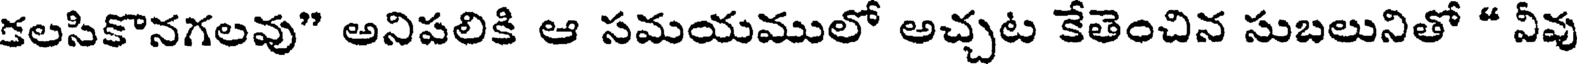
కలసికొనగలవు" అనిపలికి ఆ సమయములో అచ్చట కేతెంచిన సుబలునితో " వీవు